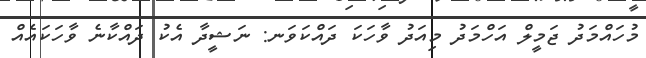
މުހައްމަދު ޖަމީލް އަހްމަދު މިއަދު ވާހަކަ ދައްކަވަނ: ނަޝީދާ އެކު ދައްކާނެ ވާހަކައެއް